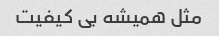
مثل همیشه بی کیفیت